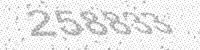
Solution: 258833